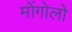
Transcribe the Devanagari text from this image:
मोंगोलो